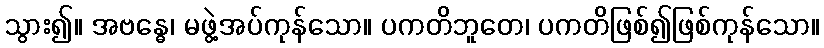
သွား၍။ အဗန္ဓေ၊ မဖွဲ့အပ်ကုန်သော။ ပကတိဘူတေ၊ ပကတိဖြစ်၍ဖြစ်ကုန်သော။